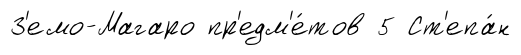
З'емо-Магаро пр'едм'е́тов 5 Ст'епа́н